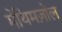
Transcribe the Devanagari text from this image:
मेथिमज़ोल